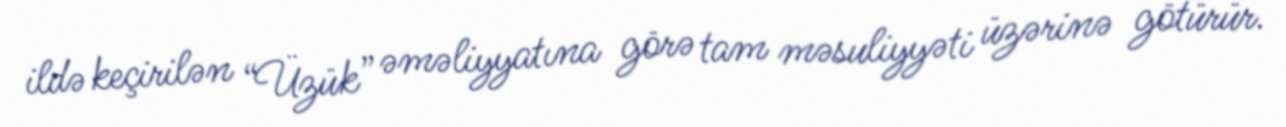
ildə keçirilən “Üzük” əməliyyatına görə tam məsuliyyəti üzərinə götürür.